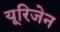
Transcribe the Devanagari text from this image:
यूरिजेन